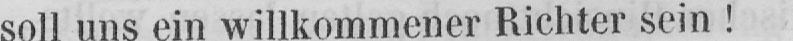
soll uns ein willkommener Richter sein!